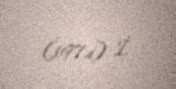
(1971) İ.